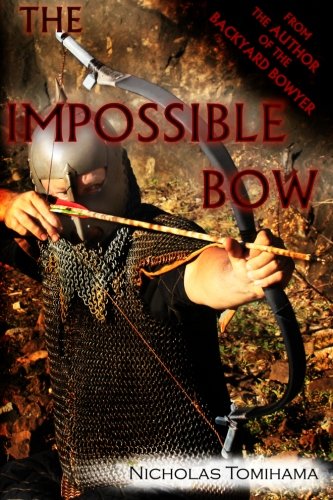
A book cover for The Impossible Bow: Building Archery Bows With PVC Pipe; Nicholas Tomihama; Sports & Outdoors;